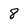
Character: 8